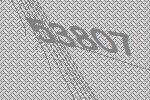
53807